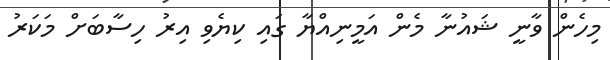
މިހެން ވާނީ ޝައުނާ މެން އަމީނިއްޔާ ގައި ކިޔެވި އިރު ހިސާބަށް މަކަރު